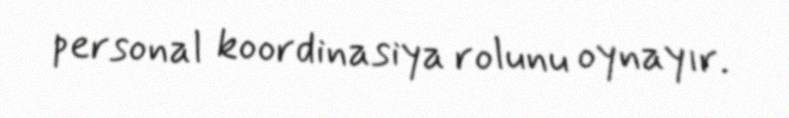
personal koordinasiya rolunu oynayır.